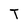
Character: T